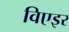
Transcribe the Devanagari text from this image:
विएइर